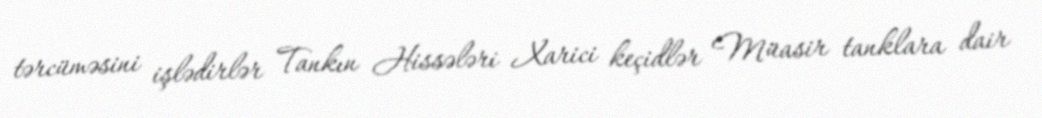
tərcüməsini işlədirlər Tankın Hissələri Xarici keçidlər Müasir tanklara dair